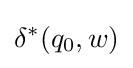
\delta ^{*}(q_{0},w)